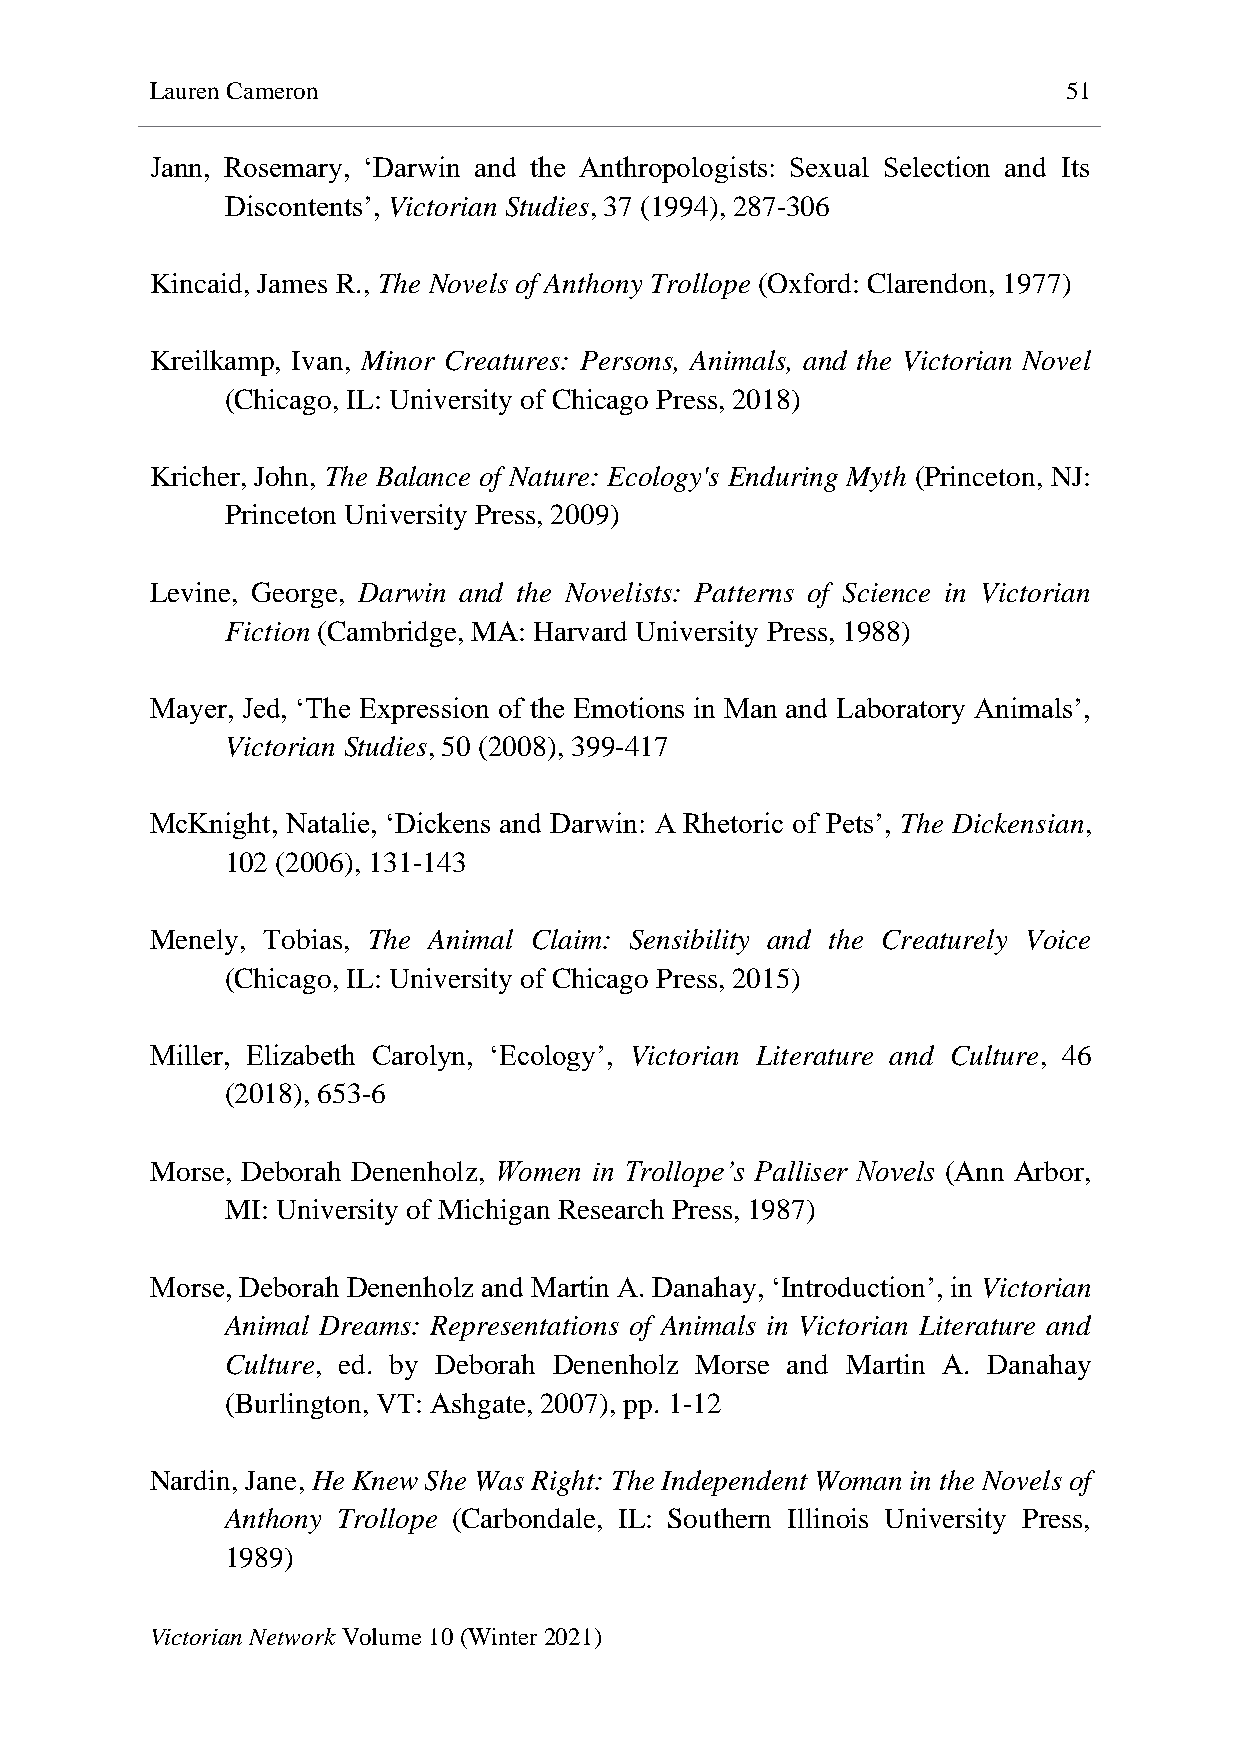
Lauren Cameron                                               51
 Jann, Rosemary, ‘Darwin and the Anthropologists: Sexual Selection and Its
 Discontents’, Victorian Studies, 37 (1994), 287-306
 Kincaid, James R., The Novels of Anthony Trollope (Oxford: Clarendon, 1977)
 Kreilkamp, Ivan, Minor Creatures: Persons, Animals, and the Victorian Novel
 (Chicago, IL: University of Chicago Press, 2018)
 Kricher, John, The Balance of Nature: Ecology's Enduring Myth (Princeton, NJ:
 Princeton University Press, 2009)
 Levine, George, Darwin and the Novelists: Patterns of Science in Victorian
 Fiction (Cambridge, MA: Harvard University Press, 1988)
 Mayer, Jed, ‘The Expression of the Emotions in Man and Laboratory Animals’,
 Victorian Studies, 50 (2008), 399-417
 McKnight, Natalie, ‘Dickens and Darwin: A Rhetoric of Pets’, The Dickensian,
 102 (2006), 131-143
 Menely, Tobias, The Animal Claim: Sensibility and the Creaturely Voice
 (Chicago, IL: University of Chicago Press, 2015)
 Miller, Elizabeth Carolyn, ‘Ecology’, Victorian Literature and Culture, 46
 (2018), 653-6
 Morse, Deborah Denenholz, Women in Trollope’s Palliser Novels (Ann Arbor,
 MI: University of Michigan Research Press, 1987)
 Morse, Deborah Denenholz and Martin A. Danahay, ‘Introduction’, in Victorian
 Animal Dreams: Representations of Animals in Victorian Literature and
 Culture, ed. by Deborah Denenholz Morse and Martin A. Danahay
 (Burlington, VT: Ashgate, 2007), pp. 1-12
 Nardin, Jane, He Knew She Was Right: The Independent Woman in the Novels of
 Anthony Trollope (Carbondale, IL: Southern Illinois University Press,
 1989)
 Victorian Network Volume 10 (Winter 2021)